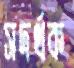
সদর্থক